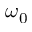
\omega _ { 0 }